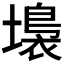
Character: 𡑩